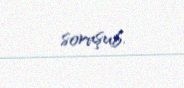
soruşub.